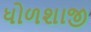
ધોળશાજી